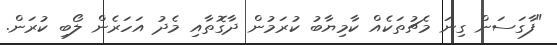
"ފާގަސަން ގިނަ މެޗުތަކެއް ކާމިޔާބު ކުރަމުން ދާގޮތާއި މެދު އަހަރެން ލޯބި ކުރަން.